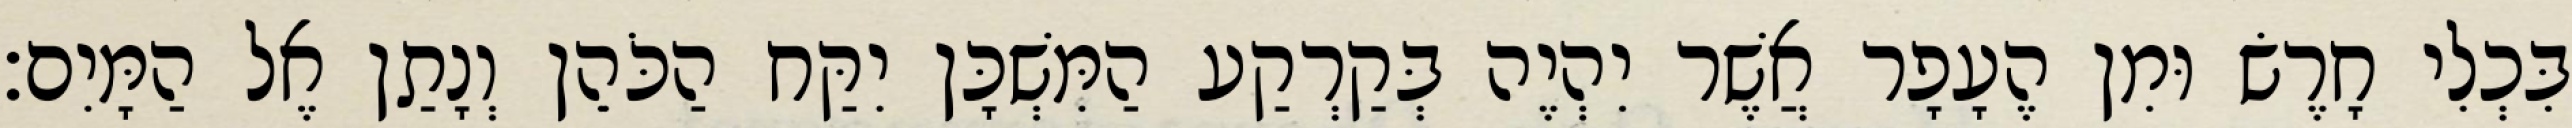
בִּכְלִי חָרֶשׂ וּמִן הֶעָפָר אֲשֶׁר יִהְיֶה בְּקַרְקַע הַמִּשְׁכָּן יִקַּח הַכֹּהֵן וְנָתַן אֶל הַמָּיִם׃